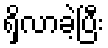
ရှိလာခဲ့ပြီး